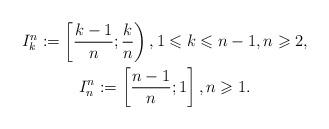
LaTeX: \begin{gather*}I_k^n:=\left[\frac{k-1}{n};\frac{k}{n}\right),1\leqslant k\leqslant n-1,n\geqslant 2,\\I_n^n:=\left[\frac{n-1}{n};1\right],n\geqslant 1.\end{gather*}